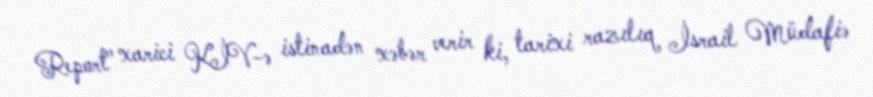
Report" xarici KİV-ə istinadən xəbər verir ki, tarixi razılıq İsrail Müdafiə